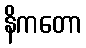
နိကတော